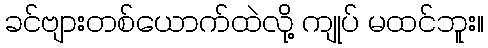
ခင်ဗျားတစ်ယောက်ထဲလို့ ကျုပ် မထင်ဘူး။